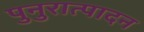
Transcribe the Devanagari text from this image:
पुनुरात्पादन